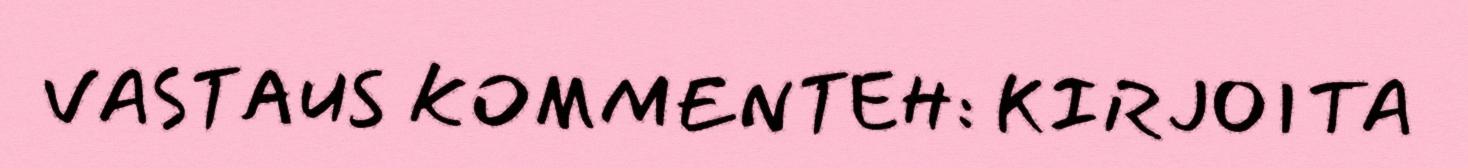
VASTAUS KOMMENTEH: KIRJOITA